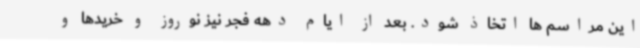
این مراسم ها اتخاذ شود. بعد از ایام دهه فجر نیز نوروز و خریدها و